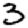
Digit: 3